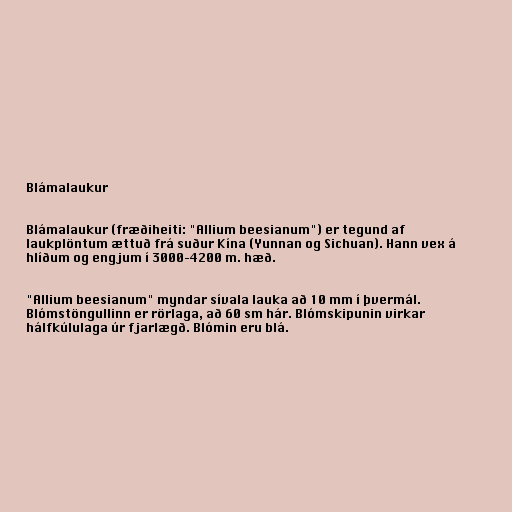
Blámalaukur

Blámalaukur (fræðiheiti: "Allium beesianum") er tegund af
laukplöntum ættuð frá suður Kína (Yunnan og Sichuan). Hann vex á
hlíðum og engjum í 3000–4200 m. hæð.

"Allium beesianum" myndar sívala lauka að 10 mm í þvermál.
Blómstöngullinn er rörlaga, að 60 sm hár. Blómskipunin virkar
hálfkúlulaga úr fjarlægð. Blómin eru blá.